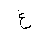
Letter: _gayn